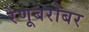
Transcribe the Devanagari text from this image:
रेणूबरोबर